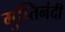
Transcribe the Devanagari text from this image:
गुप्तिनंदी